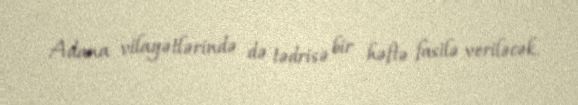
Adana vilayətlərində də tədrisə bir həftə fasilə veriləcək.